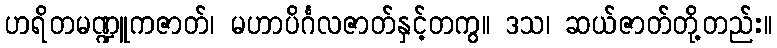
ဟရိတမဏ္ဍူကဇာတ်၊ မဟာပိင်္ဂလဇာတ်နှင့်တကွ။ ဒသ၊ ဆယ်ဇာတ်တို့တည်း။